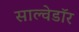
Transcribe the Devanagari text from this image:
साल्वेडॉर